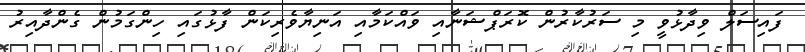
ފައިސަލް ވިދާޅުވީ މި ސަރުކާރުން ކޮރަޕްޝަނާއި ވައްކަމާއި އަނިޔާވެރިކަން ފާޅުގައި ހިންގަމުން ގެންދާއިރު